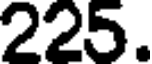
225.